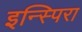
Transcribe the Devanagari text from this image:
इन्स्पिरा